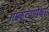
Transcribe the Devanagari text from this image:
संस्कृत्यांपेक्षा